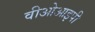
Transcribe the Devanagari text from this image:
वीओआइपी